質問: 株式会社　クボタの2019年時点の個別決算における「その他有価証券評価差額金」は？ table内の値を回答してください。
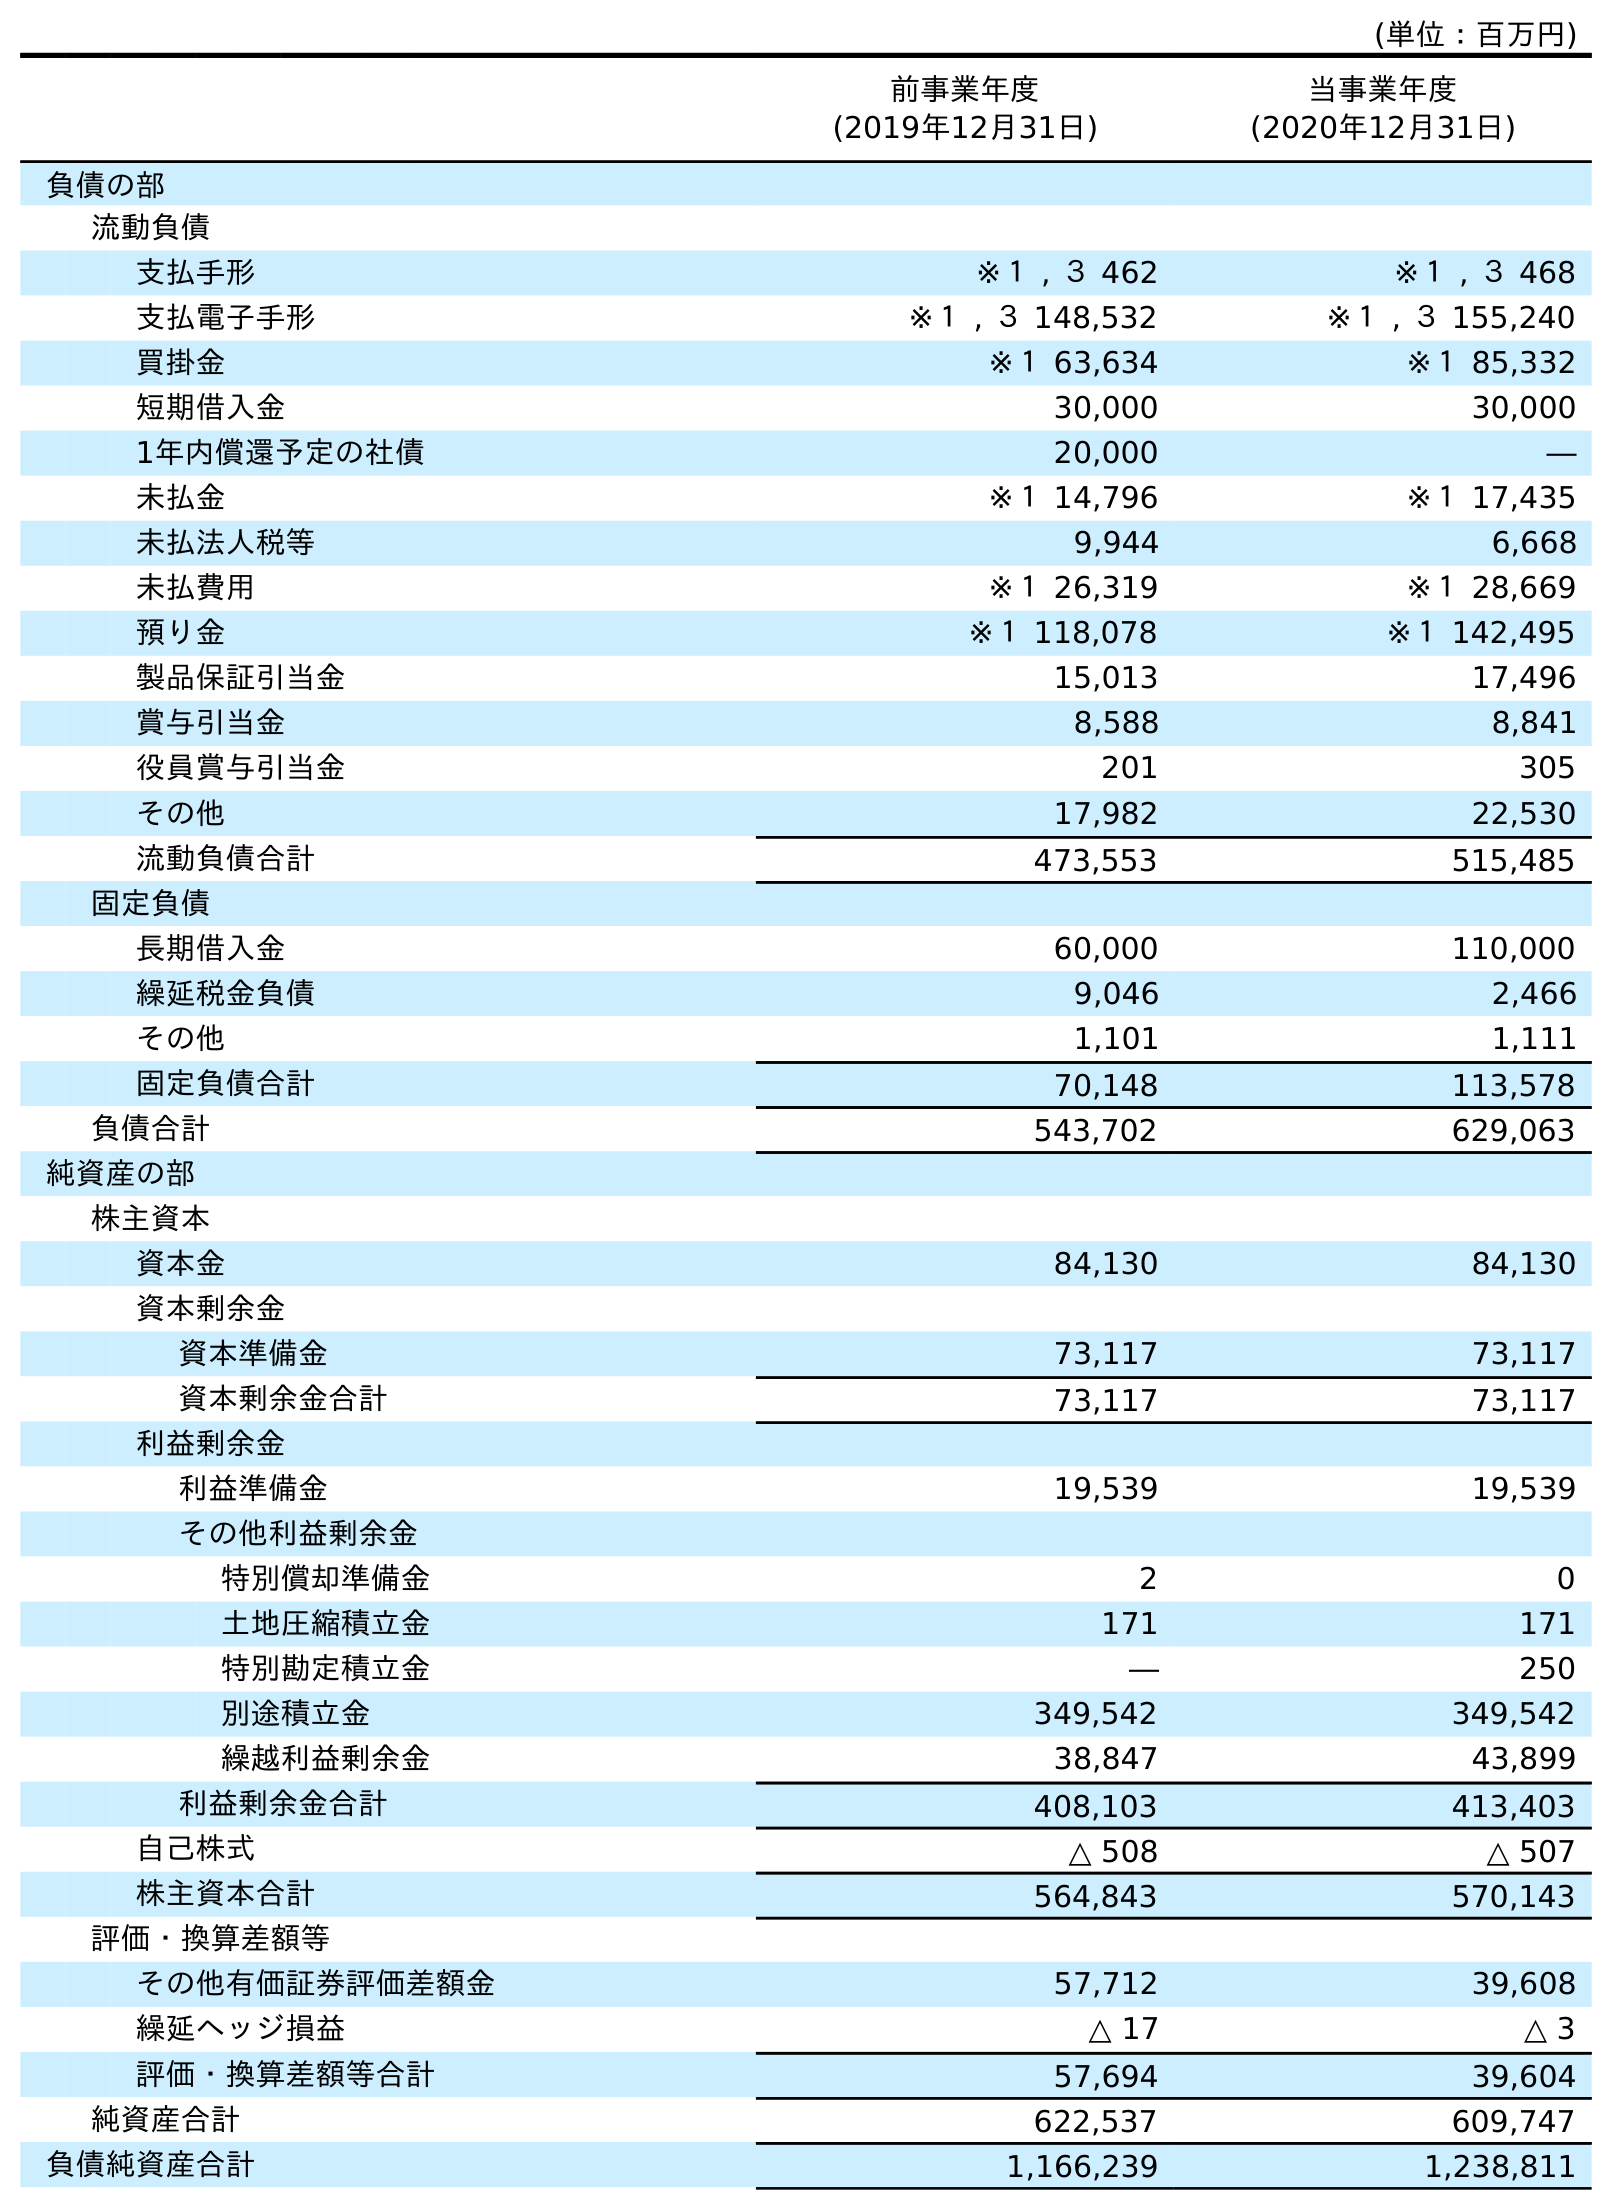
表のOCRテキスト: (単位：百万円) 前事業年度 (2019年12月31日) 当事業年度 (2020年12月31日) 負債の部 流動負債 支払手形 ※１ , ３ 462 ※１ , ３ 468 支払電子手形 ※１ , ３ 148,532 ※１ , ３ 155,240 買掛金 ※１ 63,634 ※１ 85,332 短期借入金 30,000 30,000 1年内償還予定の社債 20,000 ― 未払金 ※１ 14,796 ※１ 17,435 未払法人税等 9,944 6,668 未払費用 ※１ 26,319 ※１ 28,669 預り金 ※１ 118,078 ※１ 142,495 製品保証引当金 15,013 17,496 賞与引当金 8,588 8,841 役員賞与引当金 201 305 その他 17,982 22,530 流動負債合計 473,553 515,485 固定負債 長期借入金 60,000 110,000 繰延税金負債 9,046 2,466 その他 1,101 1,111 固定負債合計 70,148 113,578 負債合計 543,702 629,063 純資産の部 株主資本 資本金 84,130 84,130 資本剰余金 資本準備金 73,117 73,117 資本剰余金合計 73,117 73,117 利益剰余金 利益準備金 19,539 19,539 その他利益剰余金 特別償却準備金 2 0 土地圧縮積立金 171 171 特別勘定積立金 ― 250 別途積立金 349,542 349,542 繰越利益剰余金 38,847 43,899 利益剰余金合計 408,103 413,403 自己株式 △ 508 △ 507 株主資本合計 564,843 570,143 評価・換算差額等 その他有価証券評価差額金 57,712 39,608 繰延ヘッジ損益 △ 17 △ 3 評価・換算差額等合計 57,694 39,604 純資産合計 622,537 609,747 負債純資産合計 1,166,239 1,238,811
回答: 57,712